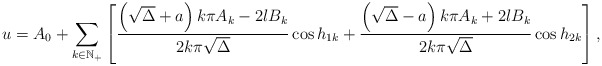
\begin{align*} u=A_0+\sum\limits_{k\in \mathbb{N}_+}\left[\frac{\left(\sqrt{\Delta}+a\right)k\pi A_k-2lB_{k}}{2k\pi \sqrt{\Delta}} \cos h_{1k} +\frac{\left(\sqrt{\Delta}-a\right)k\pi A_k+2lB_{k}}{2k\pi \sqrt{\Delta}}\cos h_{2k}\right], \end{align*}